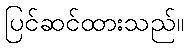
ပြင်ဆင်ထားသည်။